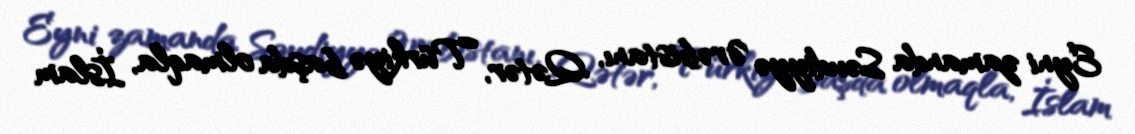
Eyni zamanda Səudiyyə Ərəbistanı, Qətər, Türkiyə başda olmaqla, İslam